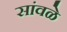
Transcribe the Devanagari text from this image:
सांवळे